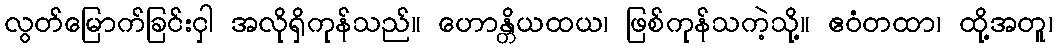
လွတ်မြောက်ခြင်းငှါ အလိုရှိကုန်သည်။ ဟောန္တိယထယ၊ ဖြစ်ကုန်သကဲ့သို့။ ဧဝံတထာ၊ ထို့အတူ၊